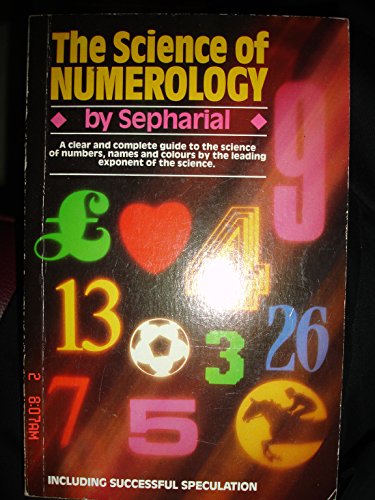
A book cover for The Science of Numerology; "Sepharial"; Self-Help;